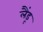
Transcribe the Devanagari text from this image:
लैंडू